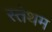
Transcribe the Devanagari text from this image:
स्तेथम